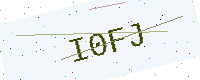
Text: I0FJ